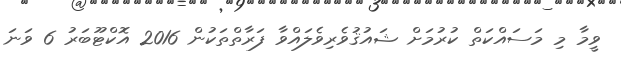
ވީމާ މި މަސައްކަތް ކުރުމަށް ޝައުޤުވެރިވެލައްވާ ފަރާތްތަކުން 2016 އޮކްޓޫބަރު 6 ވަނަ